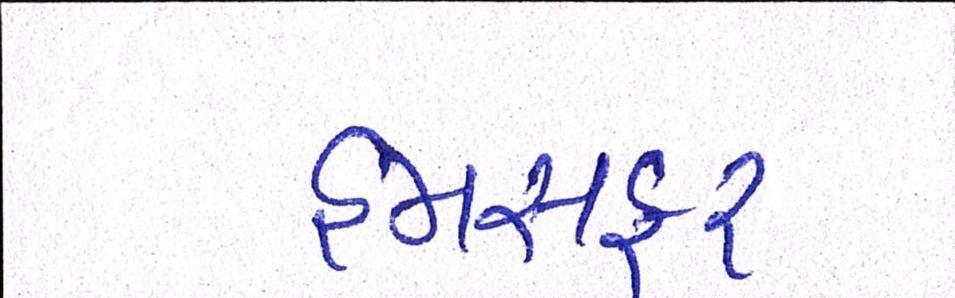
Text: હમસફર